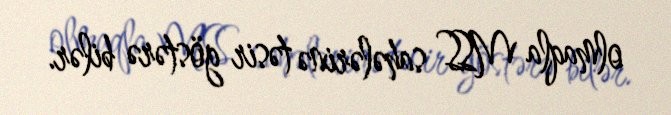
olmaqla MSS sahələrinə təsir göstərə bilər.